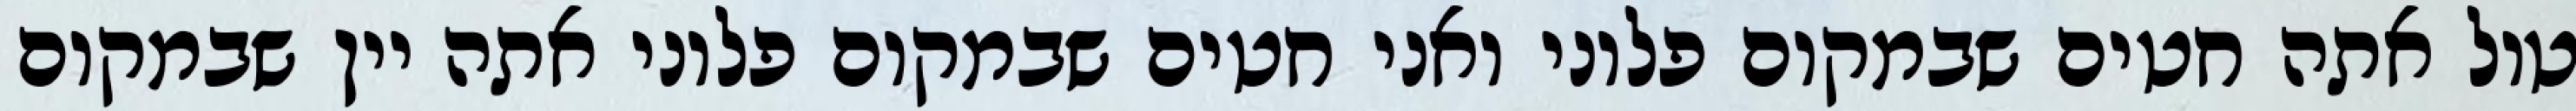
טול אתה חטים שבמקום פלוני ואני חטים שבמקום פלוני אתה יין שבמקום